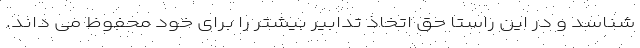
شناسد و در این راستا حق اتخاذ تدابیر بیشتر را برای خود محفوظ می داند.